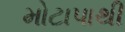
મોટાપાથી